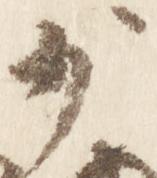
少